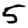
Digit: 5